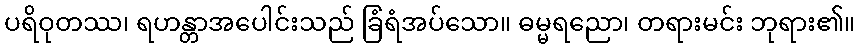
ပရိဝုတဿ၊ ရဟန္တာအပေါင်းသည် ခြံရံအပ်သော။ ဓမ္မရညော၊ တရားမင်း ဘုရား၏။